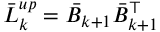
\bar { L } _ { k } ^ { u p } = \bar { B } _ { k + 1 } \bar { B } _ { k + 1 } ^ { \top }